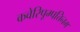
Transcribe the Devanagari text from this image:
कवेरिपूम्पत्तिनम